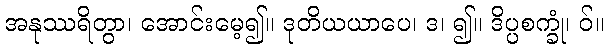
အနုဿရိတွာ၊ အောင်းမေ့၍။ ဒုတိယယာပေ၊ ဒ၊ ၍။ ဒိပ္ပစက္ခုံ၊ ဝ်။